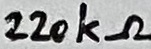
Text: 220kΩ